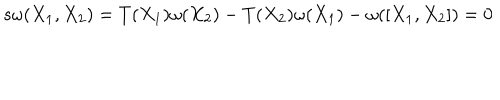
s \omega ( X _ { 1 } , X _ { 2 } ) = T ( X _ { 1 } ) \omega ( X _ { 2 } ) - T ( X _ { 2 } ) \omega ( X _ { 1 } ) - \omega ( [ X _ { 1 } , X _ { 2 } ] ) = 0